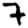
Digit: 7